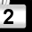
Digit: 2